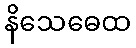
နိသေဓေထ